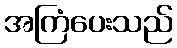
အကြံပေးသည်